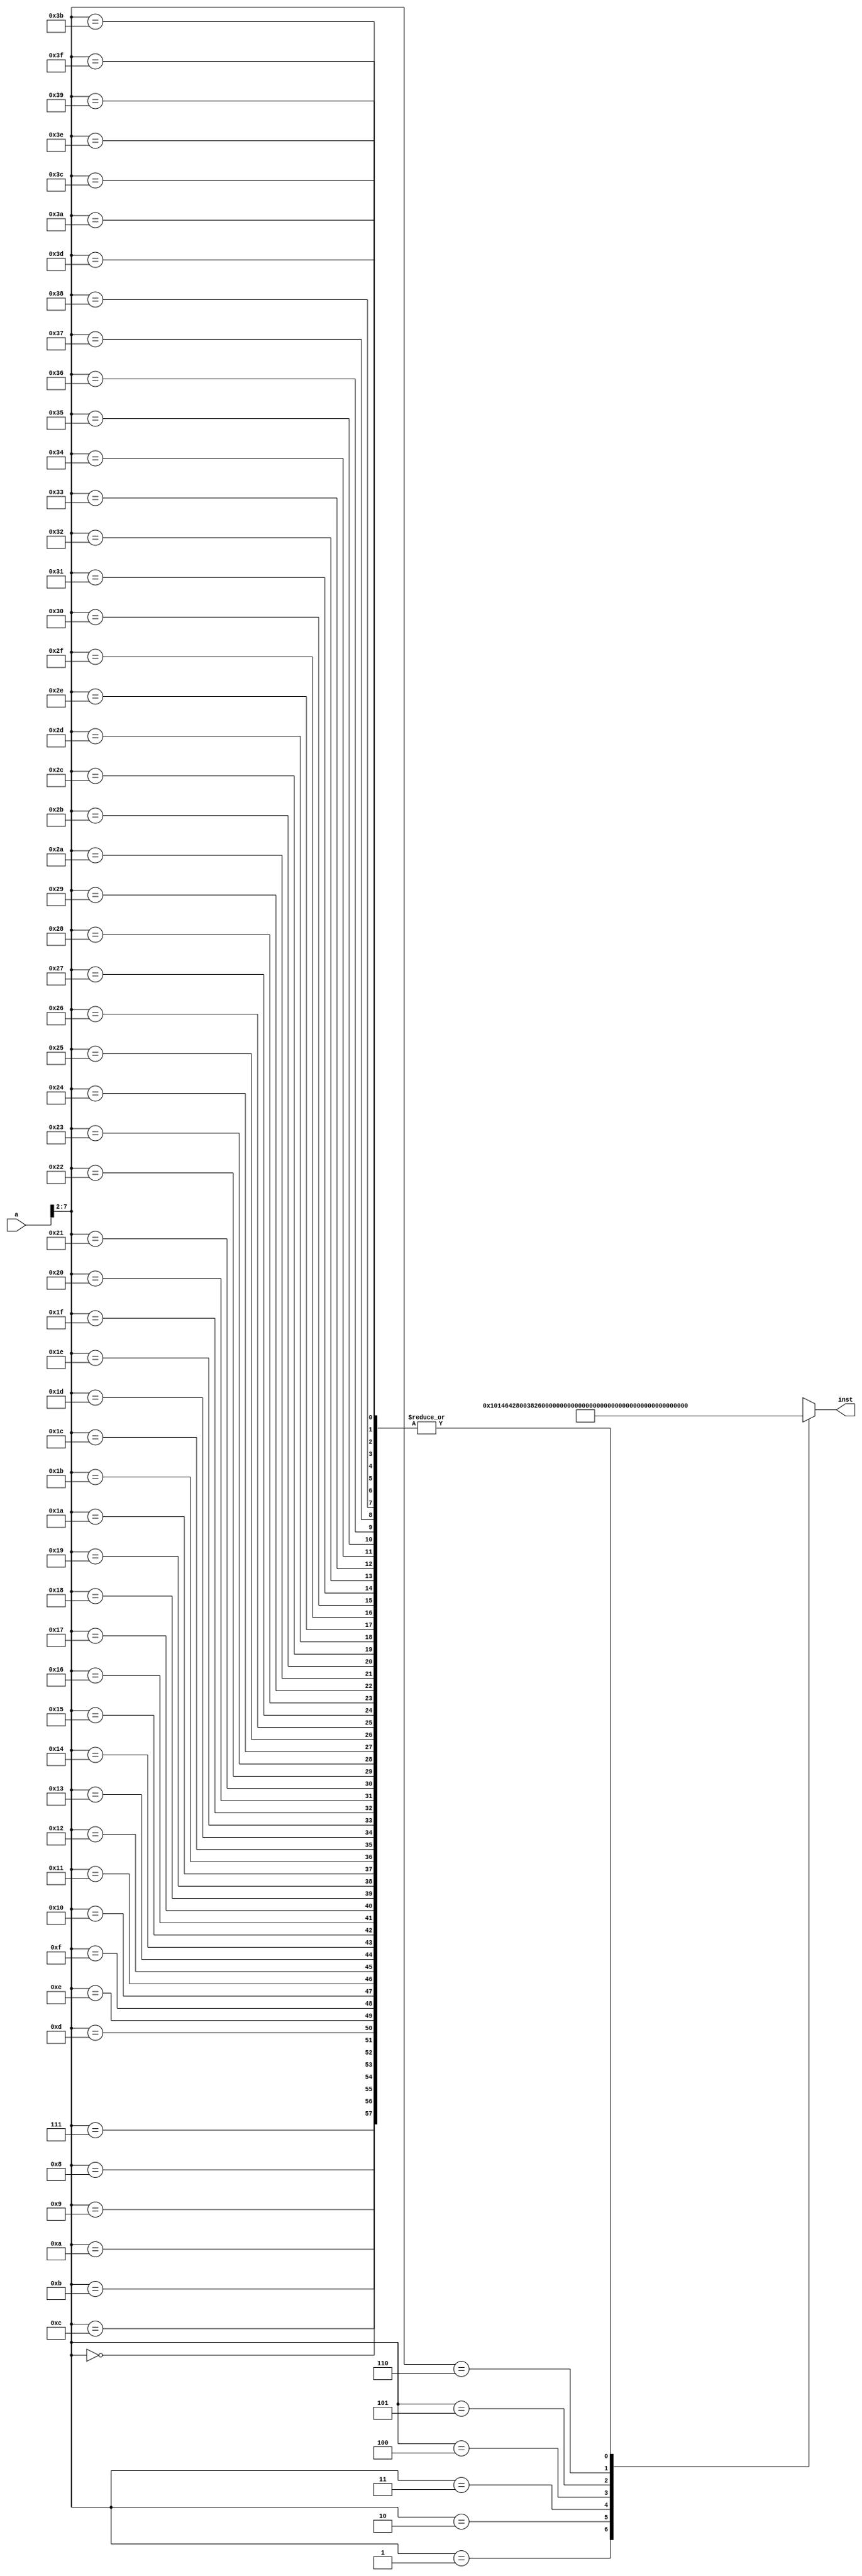
//////////////////////////////////////////////////////////////////////////////////
// Company: 
// Engineer: 
// 
// Design Name: 
// Module Name:    Inst_ROM 
// Project Name: 
// Target Devices: 
// Tool versions: 
// Description: 
//
// Dependencies: 
//
// Revision: 
// Revision 0.01 - File Created
// Additional Comments: 
//
//////////////////////////////////////////////////////////////////////////////////
module Inst_ROM(a,inst
    );
	 input [31:0] a;
	 output [31:0] inst;
	 wire [31:0] rom [0:63];
	 
	 assign rom[6'h00]=32'h00000000;
	 assign rom[6'h01]=32'h00101464;		//add r5,r3,r4  r5=0x00000007
	 assign rom[6'h02]=32'h28003826;		//ori r6,r1,0x000e  r6=0x0000000f
	 assign rom[6'h03]=32'h38000c46;		//store r6,0x0003(r2)  m5=0x0000000f
	 assign rom[6'h04]=32'h34000867;		//load r7,0x0002(r3)  r7=0x0000000f
	 assign rom[6'h05]=32'h3ffff0e8;		//beq r7,r8,6'h02  offset=0xfffc
	 assign rom[6'h06]=32'h48000001;		//jump 0x0000001
	 assign rom[6'h07]=32'h00000000;
	 assign rom[6'h08]=32'h00000000;
	 assign rom[6'h09]=32'h00000000;
	 assign rom[6'h0A]=32'h00000000;
	 assign rom[6'h0B]=32'h00000000;
	 assign rom[6'h0C]=32'h00000000;
	 assign rom[6'h0D]=32'h00000000;
	 assign rom[6'h0E]=32'h00000000;
	 assign rom[6'h0F]=32'h00000000;
	 assign rom[6'h10]=32'h00000000;
	 assign rom[6'h11]=32'h00000000;
	 assign rom[6'h12]=32'h00000000;
	 assign rom[6'h13]=32'h00000000;
	 assign rom[6'h14]=32'h00000000;
	 assign rom[6'h15]=32'h00000000;
	 assign rom[6'h16]=32'h00000000;
	 assign rom[6'h17]=32'h00000000;
	 assign rom[6'h18]=32'h00000000;
	 assign rom[6'h19]=32'h00000000;
	 assign rom[6'h1A]=32'h00000000;
	 assign rom[6'h1B]=32'h00000000;
	 assign rom[6'h1C]=32'h00000000;
	 assign rom[6'h1D]=32'h00000000;
	 assign rom[6'h1E]=32'h00000000;
	 assign rom[6'h1F]=32'h00000000;
	 assign rom[6'h20]=32'h00000000;
	 assign rom[6'h21]=32'h00000000;
	 assign rom[6'h22]=32'h00000000;
	 
	 assign rom[6'h23]=32'h00000000;
	 assign rom[6'h24]=32'h00000000;
	 assign rom[6'h25]=32'h00000000;
	 assign rom[6'h26]=32'h00000000;
	 assign rom[6'h27]=32'h00000000;
	 assign rom[6'h28]=32'h00000000;
	 assign rom[6'h29]=32'h00000000;
	 assign rom[6'h2A]=32'h00000000;
	 assign rom[6'h2B]=32'h00000000;
	 assign rom[6'h2C]=32'h00000000;
	 assign rom[6'h2D]=32'h00000000;
	 assign rom[6'h2E]=32'h00000000;
	 assign rom[6'h2F]=32'h00000000;
	 assign rom[6'h30]=32'h00000000;
	 assign rom[6'h31]=32'h00000000;
	 assign rom[6'h32]=32'h00000000;
	 assign rom[6'h33]=32'h00000000;
	 assign rom[6'h34]=32'h00000000;
	 assign rom[6'h35]=32'h00000000;
	 assign rom[6'h36]=32'h00000000;
	 assign rom[6'h37]=32'h00000000;
	 assign rom[6'h38]=32'h00000000;
	 assign rom[6'h39]=32'h00000000;
	 assign rom[6'h3A]=32'h00000000;
	 assign rom[6'h3B]=32'h00000000;
	 assign rom[6'h3C]=32'h00000000;
	 assign rom[6'h3D]=32'h00000000;
	 assign rom[6'h3E]=32'h00000000;
	 assign rom[6'h3F]=32'h00000000;
	 
	 assign inst=rom[a[7:2]];
endmodule